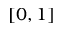
[ 0 , 1 ]